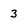
Character: 3